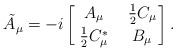
LaTeX: \begin{align*}\tilde{A}_\mu =-i\left[\,{A_\mu \atop \frac{1}{2}C_\mu^*}\quad{\frac{1}{2}C_\mu \atop B_\mu}\right].\end{align*}